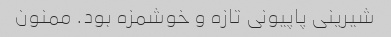
شیرینی پاپیونی تازه و خوشمزه بود. ممنون